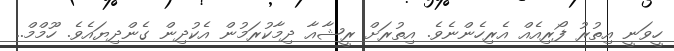
ހީވަނީ އިތުރު ފޯރިއެއް އެރިހެންނެވެ. އިތުރަށް ރީޝާއާ ދިމާކުރަމުން އެކުދިން ގެންދިޔައެވެ. ހޫމްމް..